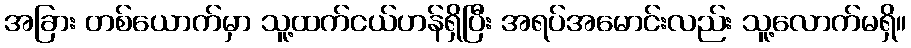
အခြား တစ်ယောက်မှာ သူ့ထက်ငယ်ဟန်ရှိပြီး အရပ်အမောင်းလည်း သူ့လောက်မရှိ။